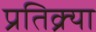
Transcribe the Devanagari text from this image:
प्रतिक्र्या